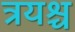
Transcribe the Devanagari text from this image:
त्रयश्च